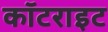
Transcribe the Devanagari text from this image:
कॉटराइट